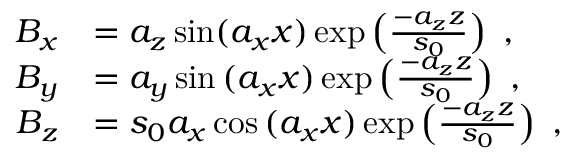
\begin{array} { r l } { B _ { x } } & { = a _ { z } \sin ( a _ { x } x ) \exp \left( \frac { - a _ { z } z } { s _ { 0 } } \right) ~ , } \\ { B _ { y } } & { = a _ { y } \sin { ( a _ { x } x ) } \exp \left( \frac { - a _ { z } z } { s _ { 0 } } \right) ~ , } \\ { B _ { z } } & { = s _ { 0 } a _ { x } \cos { ( a _ { x } x ) } \exp \left( \frac { - a _ { z } z } { s _ { 0 } } \right) ~ , } \end{array}